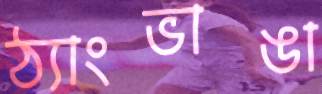
ঠ্যাংভাঙা